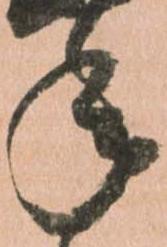
年